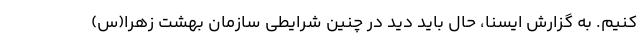
کنیم. به گزارش ایسنا، حال باید دید در چنین شرایطی سازمان بهشت زهرا(س)